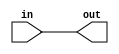

// test_simulation_buffer_1_test.v
module f1_test(input in, output out);
assign out = in;
endmodule

// test_simulation_buffer_2_test.v
module f2_test(input [1:0] in, output [1:0] out);
assign out[0] = in[0];
assign out[1] = in[1];
endmodule

// test_simulation_buffer_3_test.v
module f3_test(input in, output [1:0] out);
assign out[0] = in;
assign out[1] = in;
endmodule